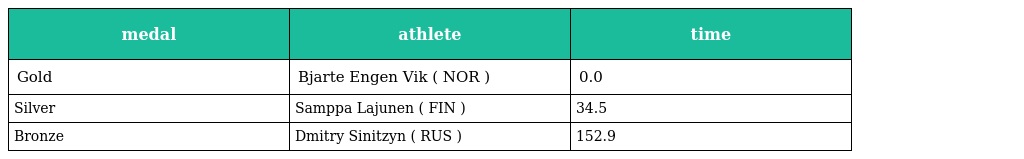
| medal | athlete | time |
 | --- | --- | --- |
 | Gold | Bjarte Engen Vik ( NOR ) | 0.0 |
 | Silver | Samppa Lajunen ( FIN ) | 34.5 |
 | Bronze | Dmitry Sinitzyn ( RUS ) | 152.9 |